Black-water fever - Number 35
Disease focus: Fever
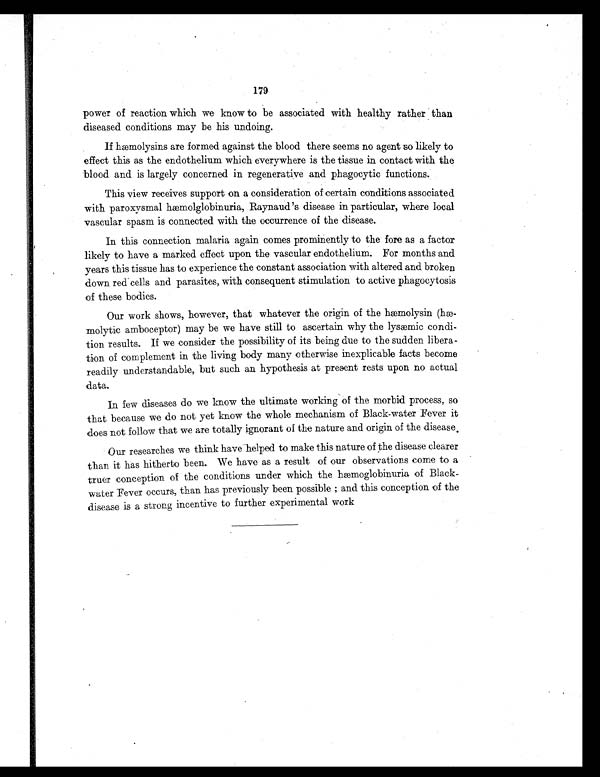
179
power of reaction which we know to be associated with healthy rather than
diseased conditions may be his undoing.
If hæmolysins are formed against the blood there seems no agent so likely to
effect this as the endothelium which everywhere is the tissue in contact with the
blood and is largely concerned in regenerative and phagocytic functions.
This view receives support on a consideration of certain conditions associated
with paroxysmal hæmolglobinuria, Raynaud's disease in particular, where local
vascular spasm is connected with the occurrence of the disease.
In this connection malaria again comes prominently to the fore as a factor
likely to have a marked effect upon the vascular endothelium. For months and
years this tissue has to experience the constant association with altered and broken
down red cells and parasites, with consequent stimulation to active phagocytosis
of these bodies.
Our work shows, however, that whatever the origin of the hæmolysin (h
æ- molytic amboceptor) may be we have still to ascertain why the lysæmic condi-
tion results. If we consider the possibility of its being due to the sudden libera-
tion of complement in the living body many otherwise inexplicable facts become
readily understandable, but such an hypothesis at present rests upon no actual
data.
In few diseases do we know the ultimate working of the morbid process, so
that because we do not yet know the whole mechanism of Black-water Fever it
does not follow that we are totally ignorant of the nature and origin of the disease.
Our researches we think have helped to make this nature of the disease clearer
than it has hitherto been. We have as a result of our observations come to a
truer conception of the conditions under which the hæmoglobinuria of Black-
water Fever occurs, than has previously been possible and this conception of the
disease is a strong incentive to further experimental work